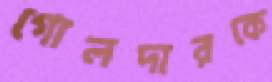
গোলদারকে